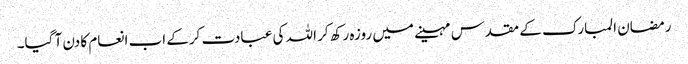
رمضان المبارک کے مقدس مہینے میں روزہ رکھ کر اللہ کی عبادت کرکے اب انعام کا دن آ گیا۔